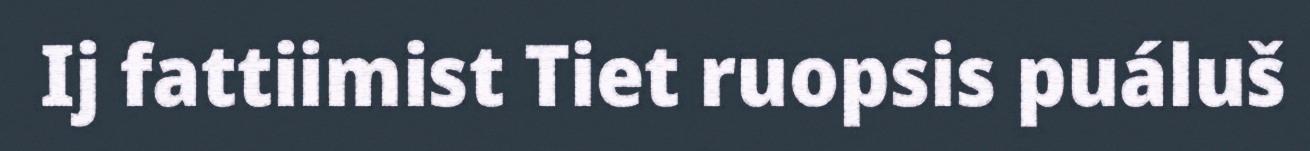
Ij fattiimist Tiet ruopsis puáluš